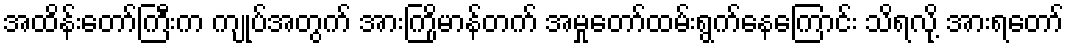
အထိန်းတော်ကြီးက ကျုပ်အတွက် အားကြိုမာန်တက် အမှုတော်ထမ်းရွက်နေကြောင်း သိရလို့ အားရတော်